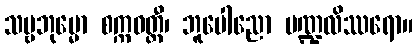
သဗ္ဗဘုမ္မော စက္ကဝတ္တီ၊ ဘူပေါညော မဏ္ဍလိဿရော။